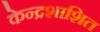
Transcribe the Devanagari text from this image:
केन्द्रशाशित